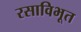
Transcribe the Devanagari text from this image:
रसाविभूत